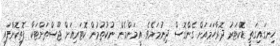
ހިނގައިގަތީ ޑޮކްޓަރު ދޮރާހަމައަށް ގެންގޮސް ދިނުމަށެވެ. އީމަންމެން ނުކުތުމުން ކޮޓަރިއަށް ޖޫސްތަށްޓަކާ ފޮތިކޮށްފައި